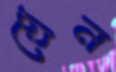
শ্রেন